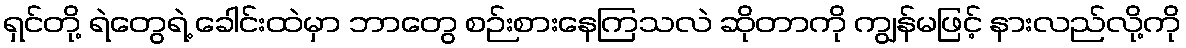
ရှင်တို့ ရဲတွေရဲ့ ခေါင်းထဲမှာ ဘာတွေ စဉ်းစားနေကြသလဲ ဆိုတာကို ကျွန်မဖြင့် နားလည်လို့ကို